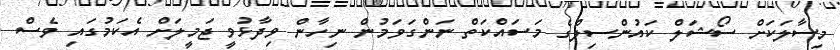
މިސާލަކަށް ސޯޝަލް ކައުންސިލްގެ މަސައްކަތް ނަންގަވަމުން ނިހާން ވިދާޅުވީ ޖަމީލަށް އެކަމުގައި ވެސް